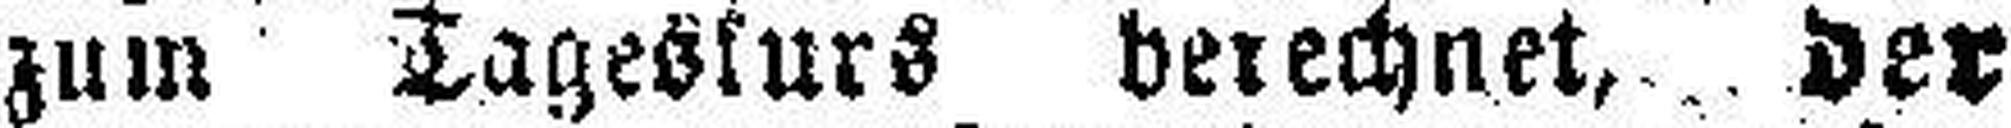
zum Tageskurs berechnet, der